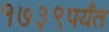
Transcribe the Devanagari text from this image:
१७३९पर्यंत